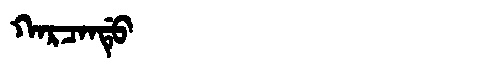
Manchu: ᡴᠠᡵᠴᠠᠨᡩᡠ
Romanization: KARCANDU